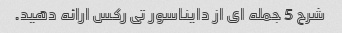
شرح 5 جمله ای از دایناسور تی رکس ارائه دهید.